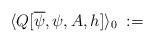
LaTeX: \begin{align*}\langle Q[\overline{\psi},\psi,A,h] \rangle_0 \; :=\end{align*}